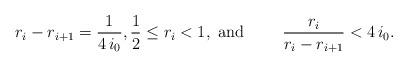
LaTeX: \begin{align*}r_i-r_{i+1}=\frac{1}{4\,i_0},\frac{1}{2}\le r_i<1,\mbox{ and }\qquad\frac{r_i}{r_i-r_{i+1}}<4\,i_0.\end{align*}